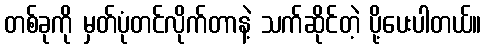
တစ်ခုကို မှတ်ပုံတင်လိုက်တာနဲ့ သက်ဆိုင်တဲ့ ပို့ပေးပါတယ်။